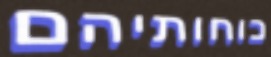
כוחותיהם